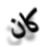
كان